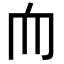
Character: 𦓐